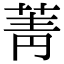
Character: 菁